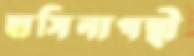
হাসিনাপন্থী